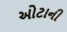
ઓટાની